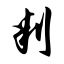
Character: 判